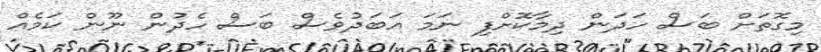
މިގޮތަށް ބަސް ހަދަން ދިމާކޮށްފި ނަމަ އަބަދުވެސް ބަސް ހެދުން ނޫން ކަމެއް